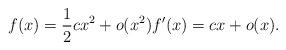
LaTeX: \begin{align*} f(x)= \frac{1}{2} c x^2 + o(x^2) f'(x)= c x + o(x). \end{align*}